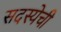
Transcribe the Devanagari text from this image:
सदस्येची